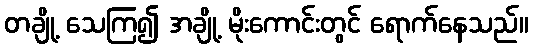
တချို့ သေကြ၍ အချို့ မိုးကောင်းတွင် ရောက်နေသည်။